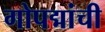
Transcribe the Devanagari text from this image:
गोपद्मांची